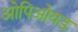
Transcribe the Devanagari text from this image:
ओपिओयड